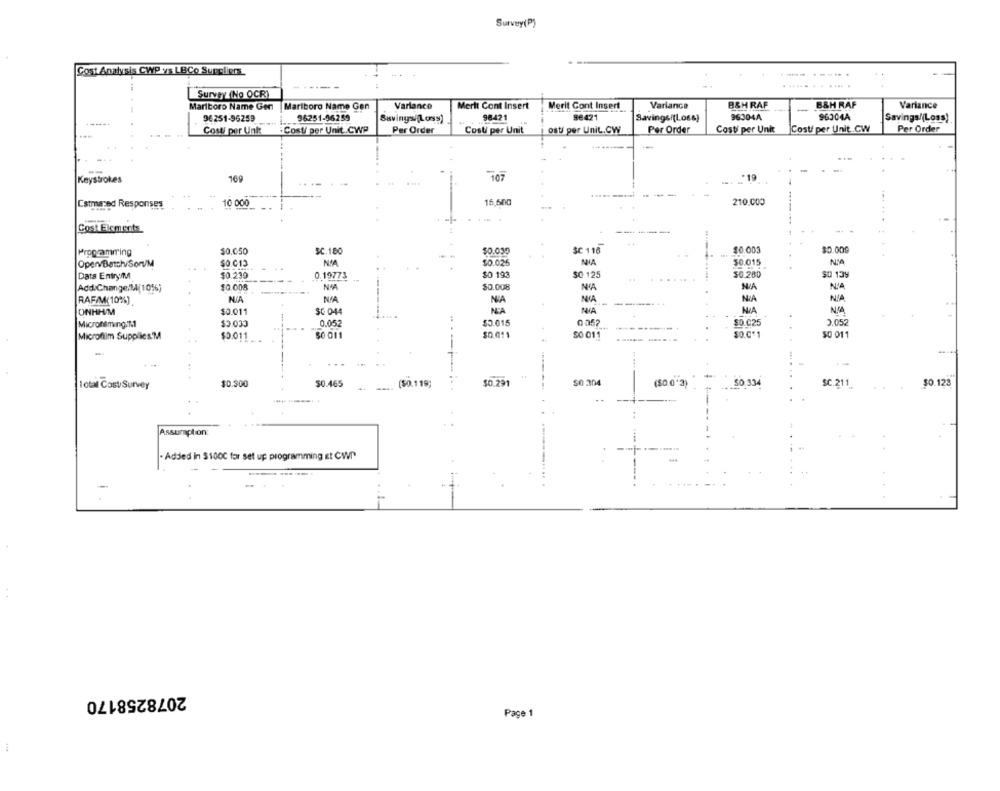
Survey(P)
Cost Analysis CWP vs LBCo Suppliers
-----
Survey (No OCR)
B&H RAF
B&H RAF
Variance
Marlboro Name Ger
Marlboro Name Gen
Variance
Merit Cont Insert
Merit Cont Insert
Variance
96251-96259
96251-96259
Savings/foss]
98471
96421
Savings/(Loss)
96304A
96304A
Savings/(Loss)
osti per Unit.CW
Cost per Unit CW
Per Order
Costi per Unk:
Cost/ per Unit.CWP
Per Order
Cost per Unit
Per Order
Costi per Unit
Keystrokes
169
107
.19
Cstmanved Responses
10 000
16,500
210.000
Cost Elements
Programming
$0.050
$C.180
$0.039
SC 116
$0.003
$0.00G
NIA
$0.026
NA
50.015
Openv/Batch/Son/M
$0.013
Data Entry/M
$0.239
0.19773
$0 193
SO 125
$0.280
$0 139
$0.000
N'A
$0.008
NA
NIA
Add Change/M(10%)
RAF/M(10%)
NA
NA
NIA
NICA
NIA
NIA
ONHH/M
$0.011
SG 044
NEA
Microf@ming.M.
$3.033
0.052
$3.015
0052
50.025
3.052
Microfilm Supplies'M
$0.011
50 011
$0.011
SO 011
SO.C*1
SO 011
-
...
Total Cost/Survey
$0.300
50.465
($0.119;
$0.291
$0 304
($0.0'3)
50 534
SC 211
$0.128
Assumption:
. Added in $1000 for set up programming st CWP
2078258170
Page 1